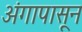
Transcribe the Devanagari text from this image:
अंगापासून